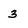
Character: 3